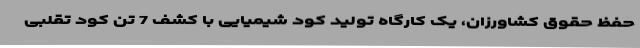
حفظ حقوق کشاورزان، یک کارگاه تولید کود شیمیایی با کشف 7 تن کود تقلبی